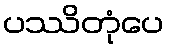
ပဿိတုံပေ